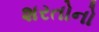
શરતોનો